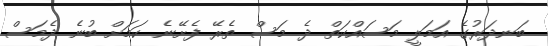
ބަނދަރުގެ އަމަލީ މަސައްކަތް ދެ މަސް ތެރޭ ފެށޭނެ ކަމަށް ބުނެ ދެމަސް